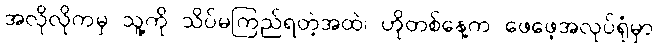
အလိုလိုကမှ သူ့ကို သိပ်မကြည်ရတဲ့အထဲ၊ ဟိုတစ်နေ့က ဖေဖေ့အလုပ်ရုံမှာ